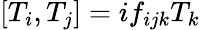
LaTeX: \left[T_{i},T_{j}\right]=if_{ijk}T_{k}